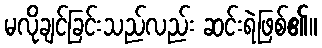
မလိုချင်ခြင်းသည်လည်း ဆင်းရဲဖြစ်၏။